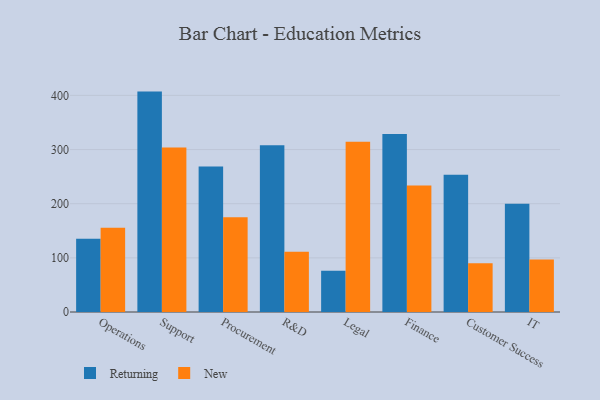
{"axis": {"x": "Department", "y": "LTV (USD)"}, "legend": ["New", "Returning"], "data": [{"x": "Operations", "y": 135.4, "type": "Returning"}, {"x": "Operations", "y": 155.7, "type": "New"}, {"x": "Support", "y": 407.0, "type": "Returning"}, {"x": "Support", "y": 304.0, "type": "New"}, {"x": "Procurement", "y": 268.7, "type": "Returning"}, {"x": "Procurement", "y": 175.0, "type": "New"}, {"x": "R&D", "y": 308.1, "type": "Returning"}, {"x": "R&D", "y": 111.4, "type": "New"}, {"x": "Legal", "y": 76.0, "type": "Returning"}, {"x": "Legal", "y": 314.3, "type": "New"}, {"x": "Finance", "y": 328.8, "type": "Returning"}, {"x": "Finance", "y": 233.5, "type": "New"}, {"x": "Customer Success", "y": 253.3, "type": "Returning"}, {"x": "Customer Success", "y": 89.9, "type": "New"}, {"x": "IT", "y": 199.9, "type": "Returning"}, {"x": "IT", "y": 96.9, "type": "New"}]}